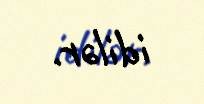
idilər.